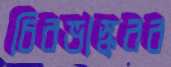
চিরভাস্করব